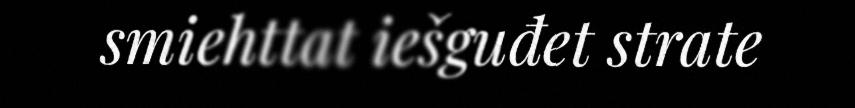
smiehttat iešguđet strate